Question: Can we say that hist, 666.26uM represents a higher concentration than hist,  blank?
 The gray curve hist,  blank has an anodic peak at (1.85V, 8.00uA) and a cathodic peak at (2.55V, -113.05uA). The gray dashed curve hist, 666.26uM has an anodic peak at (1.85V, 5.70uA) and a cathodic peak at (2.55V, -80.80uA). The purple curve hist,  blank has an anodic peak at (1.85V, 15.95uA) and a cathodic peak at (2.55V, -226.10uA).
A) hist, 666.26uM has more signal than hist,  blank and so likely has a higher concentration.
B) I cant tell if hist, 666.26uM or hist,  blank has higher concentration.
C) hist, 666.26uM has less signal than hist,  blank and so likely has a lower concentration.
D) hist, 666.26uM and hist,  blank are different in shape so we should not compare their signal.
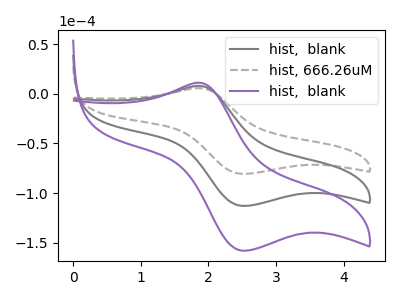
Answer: <think>All the peaks in "hist, 666.26uM" have a peak in "hist,  blank" at the same potential. Every peak in "hist, 666.26uM" is lower than every peak in "hist,  blank".
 </think>
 <answer>C) "hist, 666.26uM" has less signal than "hist,  blank" and so likely has a lower concentration.</answer>
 <eval>C</eval>